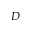
D